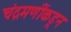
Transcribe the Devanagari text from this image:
चंद्रमणींकडून